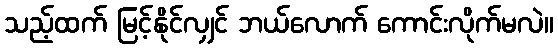
သည့်ထက် မြင့်နိုင်လျှင် ဘယ်လောက် ကောင်းလိုက်မလဲ။